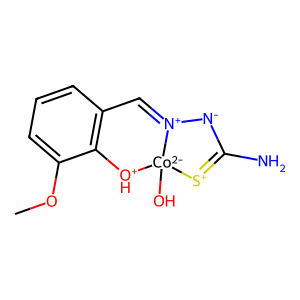
SMILES: COc1cccc2c1[OH+][Co-2]1(O)[S+]=C(N)[N-][N+]1=C2
Inhibits HIV replication: No